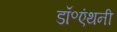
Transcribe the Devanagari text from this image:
डॉ॰एंथनी